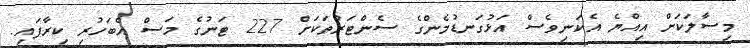
މިސާލަކަށް އިއްޔެ އެކަނިވެސް އަޅުގަނޑުމެންގެ ސެންޓަރުތަކަށް 227 ޓަނުގެ މަސް އެބަހުރި ކިރާފައި.